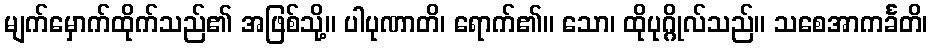
မျက်မှောက်ထိုက်သည်၏ အဖြစ်သို့။ ပါပုဏာတိ၊ ရောက်၏။ သော၊ ထိုပုဂ္ဂိုလ်သည်။ သစေအာကင်္ခတိ၊